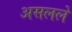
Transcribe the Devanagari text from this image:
असलले